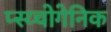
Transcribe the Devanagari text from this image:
प्स्य्चोगेनिक